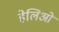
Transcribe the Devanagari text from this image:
हेलिओ